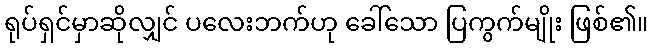
ရုပ်ရှင်မှာဆိုလျှင် ပလေးဘက်ဟု ခေါ်သော ပြကွက်မျိုး ဖြစ်၏။